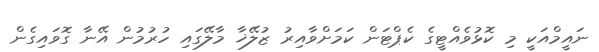
ނައީމްއަކީ މި ކޮޅުވެއްޓީގެ ކެޕްޓަން ކަމަށްވާއިރު ޒުލޭޚާ މާލޭގައި ހުރުމުން އޭނާ ގޮވައިގެން